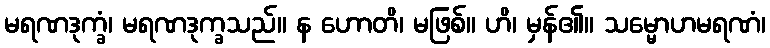
မရဏဒုက္ခံ၊ မရဏဒုက္ခသည်။ န ဟောတိ၊ မဖြစ်။ ဟိ၊ မှန်၏။ သမ္မောဟမရဏံ၊